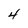
Character: 4